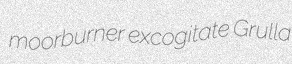
moorburner excogitate Grulla